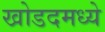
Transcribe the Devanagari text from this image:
खोडदमध्ये